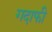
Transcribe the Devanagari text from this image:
गदाफी